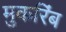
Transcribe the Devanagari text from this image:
मुकरिंब